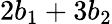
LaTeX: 2b_{1}+3b_{2}